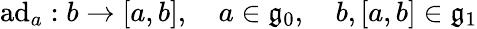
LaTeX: \mathrm{ad}_{a}:b\rightarrow[a,b],\quad a\in{\mathfrak{g}}_{0},\quad b,[a,b]\in{\mathfrak{g}}_{1}